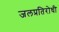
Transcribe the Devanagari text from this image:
जलप्रतिरोधी